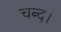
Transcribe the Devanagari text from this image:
चन्‍द।